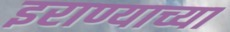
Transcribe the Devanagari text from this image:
इराण्याच्या